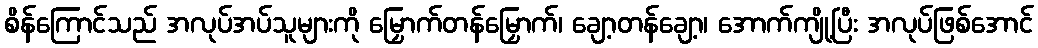
စိန်ကြောင်သည် အလုပ်အပ်သူများကို မြှောက်တန်မြှောက်၊ ချော့တန်ချော့၊ အောက်ကျို့ပြီး အလုပ်ဖြစ်အောင်